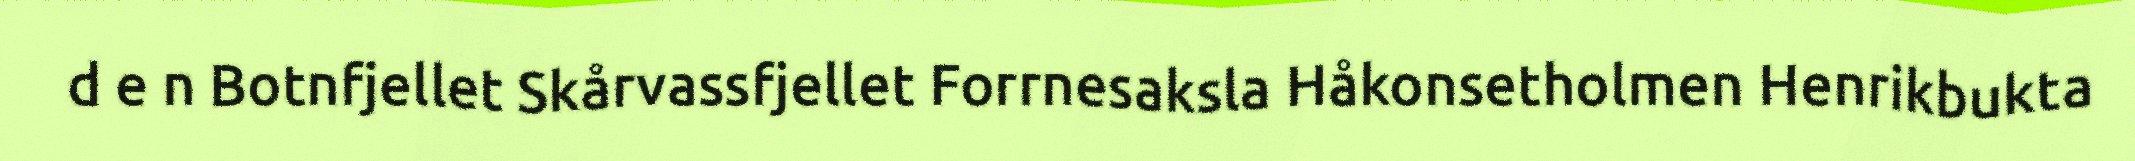
d e n Botnfjellet Skårvassfjellet Forrnesaksla Håkonsetholmen Henrikbukta